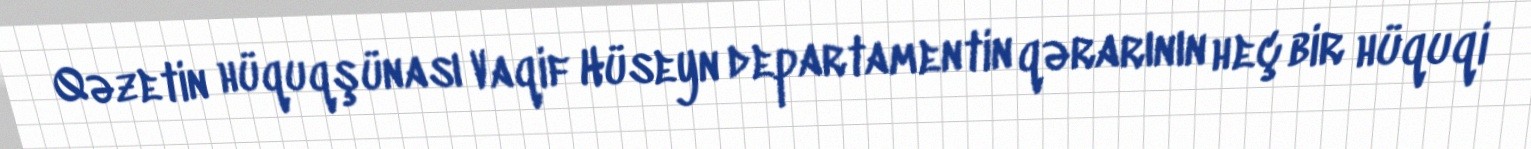
Qəzetin hüquqşünası Vaqif Hüseyn departamentin qərarının heç bir hüquqi